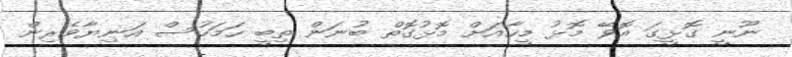
ނޫނީ ގޮޅީގަ އޮވޭ މޮޅު މީހާއަށް މޮޅުގޮތް ބުނަން ތިބީ ހަމަހުސް އަނިޔާވެރިން